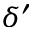
\delta ^ { \prime }